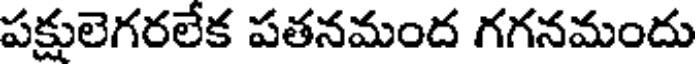
పక్షులెగరలేక పతనమంద గగనమందు